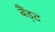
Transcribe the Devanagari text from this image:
बैंड्ट